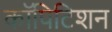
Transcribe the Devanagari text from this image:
कॉपिटिशन